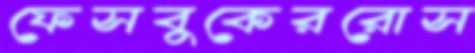
ফেসবুকেররোস